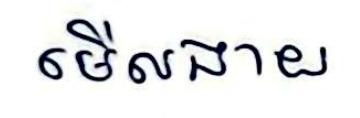
មើលងាយ